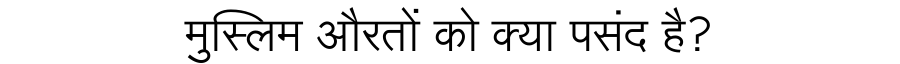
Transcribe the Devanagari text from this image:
मुस्लिम औरतों को क्या पसंद है?